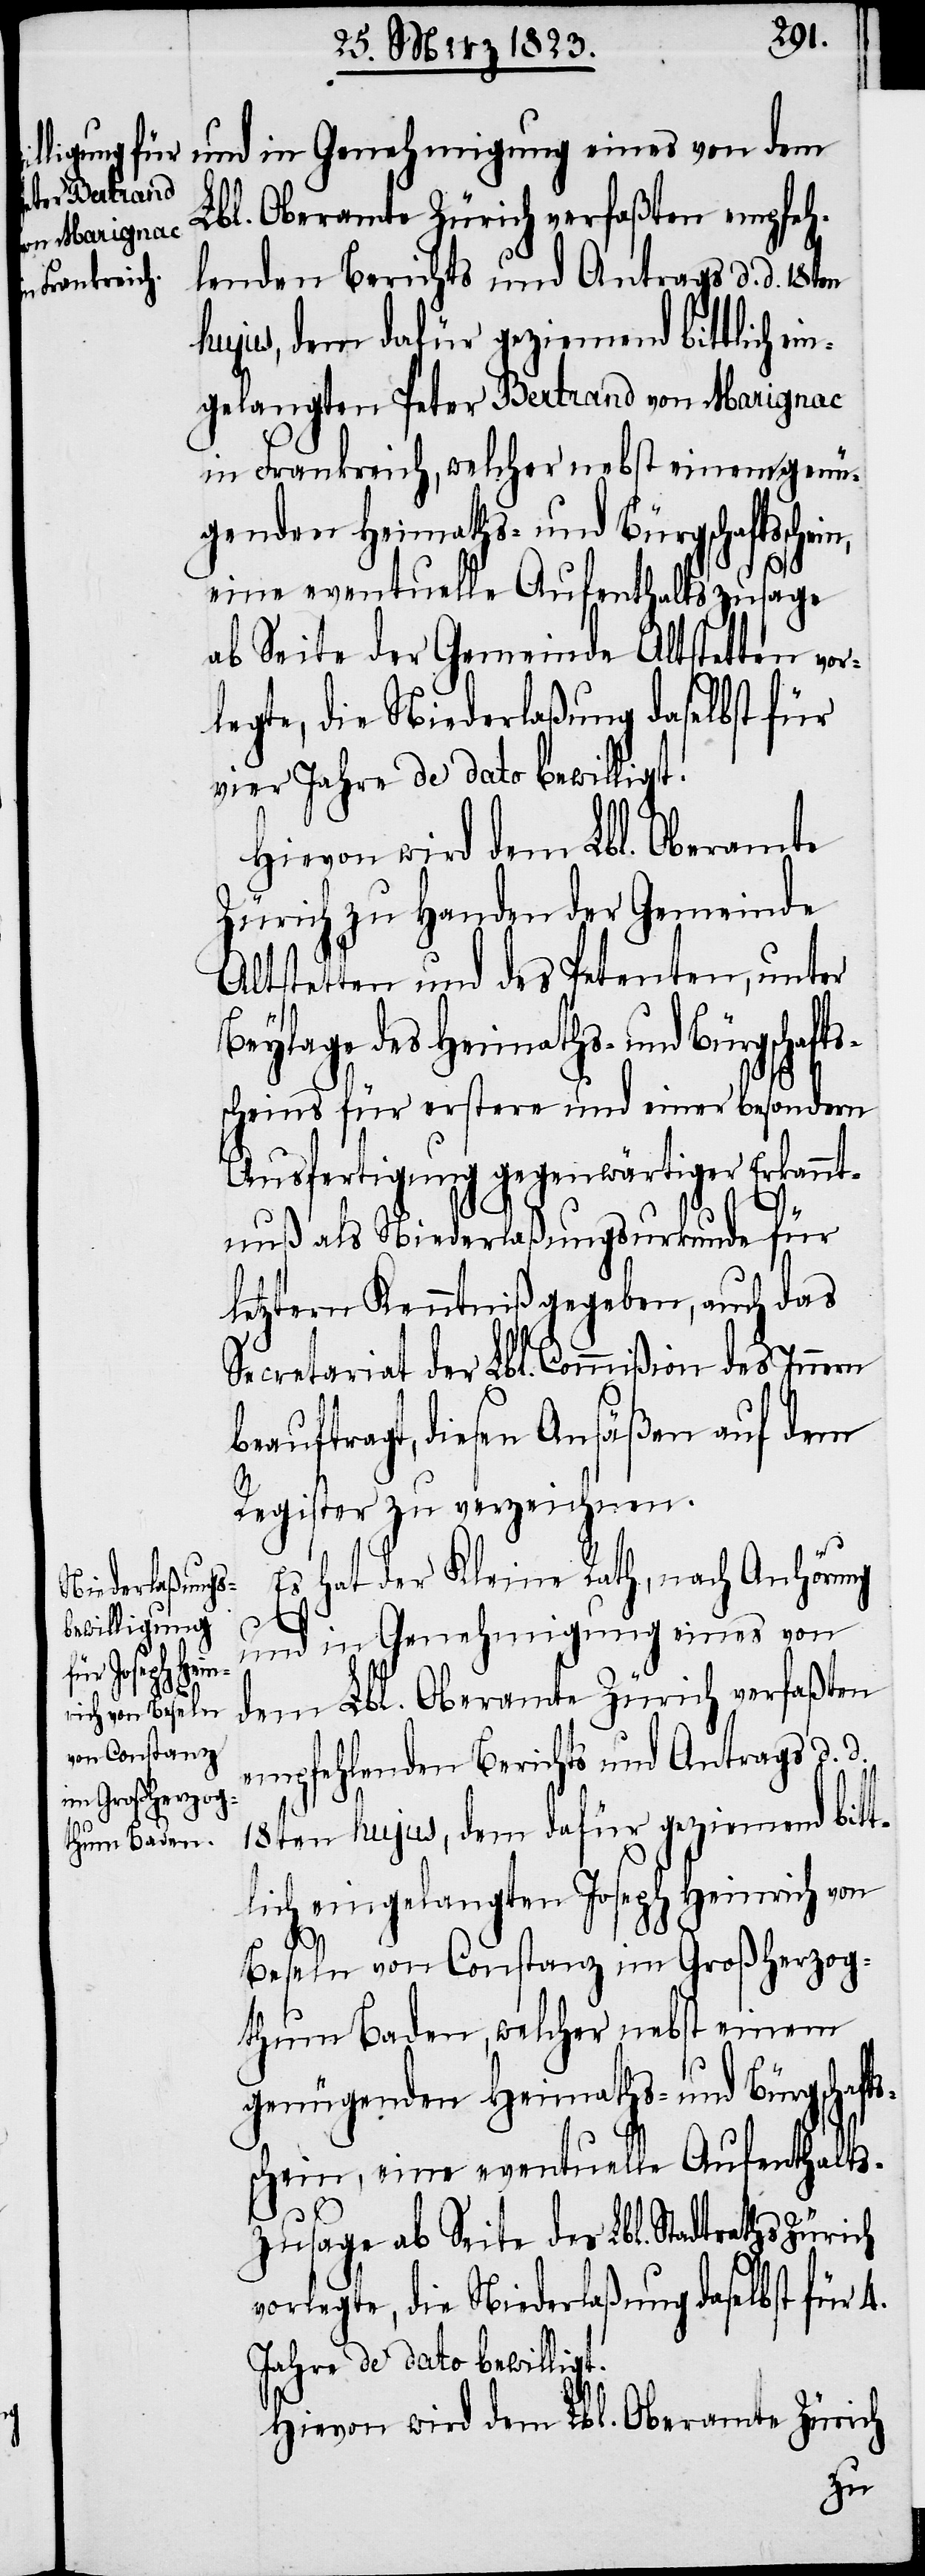
Beyla¬

gelangten Peter Bertrand von Marignac
in Frankreich, welcher nebst einem genü¬
ge des Heimaths- und Bürgschafts¬
eine eventuelle Aufenthaltszusage
ab Seite der Gemeinde Altstetten vor¬
legte, die Niederlaßung daselbst für
vier Jahre de dato bewilligt.
Hievon wird dem Lbl. Oberamte
Zürich zu Handen der Gemeinde
Altstetten und des Petenten, unter
scheins für erstere und einer besondern
Ausfertigung gegenwärtiger Erkannt¬
nuß als Niederlaßungsurkunde für
letztern Kenntniß gegeben, auch das
Secretariat der Lbl. Commißion des Innern
beauftragt, diesen Ansäßen auf dem
Register zu verzeichnen.
Es hat der Kleine Rath, nach Anhörung
s¬
und in Genehmigung eines von
dem Lbl. Oberamte Zürich verfaßten
empfehlenden Berichts und Antrags d. d.
18ten hujus, dem dafür geziemend bit¬
lich eingelangten Joseph Heinrich von
Beseln von Constanz im Großherzog¬
thum Baden, welcher nebst einem
genügenden Heimaths- und Bürgschaft¬
schein, eine eventuelle Aufenthalts¬
zusage ab Seite des Lbl. Stadtraths
vorlegte, die Niederlaßung daselbst für 4.
Jahre de dato bewilligt.
Hievon wird dem Lbl. Oberamte Zürich